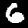
Label: 6